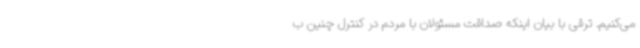
می‌کنیم. ترقی با بیان اینکه صداقت مسئولان با مردم در کنترل چنین ب